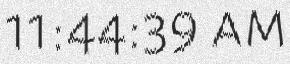
11:44:39 am